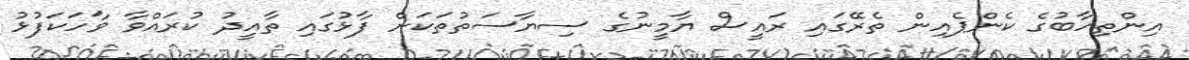
އިންތިހާބުގެ ކެންޕެއިން ތެރޭގައި ރައީސް ޔާމީނުގެ ސިޔާސަތުތަކަށް ފާޅުގައި ތާއީދު ކުރައްވާ ވާހަކަފުޅު